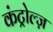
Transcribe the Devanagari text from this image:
कंट्रोल्ज़